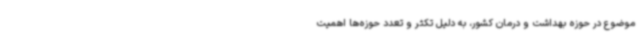
موضوع در حوزه بهداشت و درمان کشور، به دلیل تکثر و تعدد حوزه‌ها اهمیت